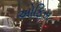
અોફિસ